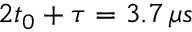
2 t _ { 0 } + \tau = 3 . 7 \, \mu s